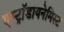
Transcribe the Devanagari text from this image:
एस्ट्राॅडायनेमिस्ट